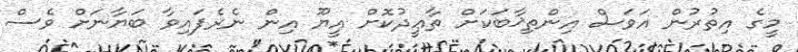
މީގެ އިތުރުން އަވަސް އިންތިޚާބަކަށް ތާޢީދުކޮށް އީޔޫ އިން ނެރެފައިވާ ބަޔާނަށް ވެސް